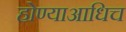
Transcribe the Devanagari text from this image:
होण्याआधिच